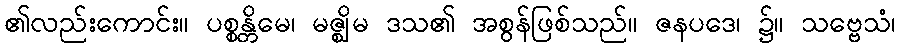
၏လည်းကောင်း။ ပစ္စန္တိမေ၊ မဇ္ဈိမ ဒသ၏ အစွန်ဖြစ်သည်။ ဇနပဒေ၊ ၌။ သဗ္ဗေသံ၊